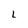
Character: L